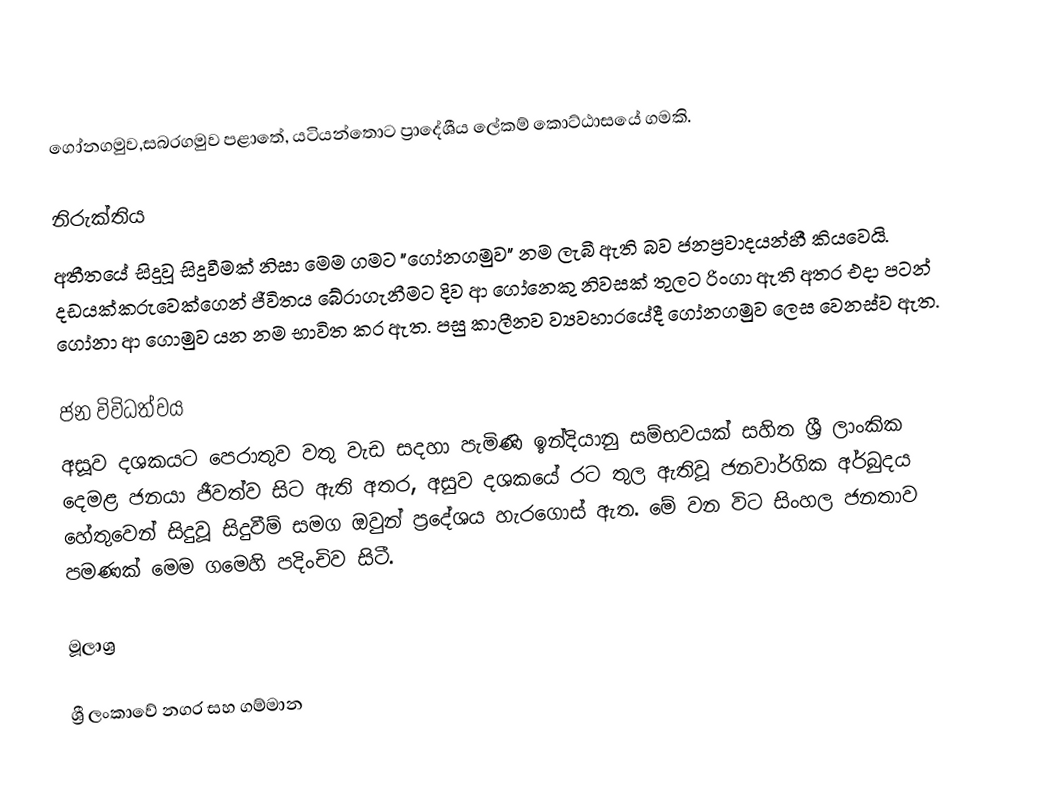
ගෝනගමුව,සබරගමුව පළාතේ, යටියන්තොට ප්‍රාදේශීය ලේකම් කොට්ඨාසයේ ගමකි.

නිරුක්තිය
අතීතයේ සිදුවූ සිදුවීමක් නිසා මෙම ගමට "ගෝනගමුව" නම ලැබී ඇති බව ජනප්‍රවාදයන්හී කියවෙයි. දඩයක්කරුවෙක්ගෙන් ජීවිතය බේරාගැනීමට දිව ආ ගෝනෙකු නිවසක් තුලට රිංගා ඇති අතර එදා පටන් ගෝනා ආ ගොමුව යන නම භාවිත කර ඇත. පසු කාලීනව ව්‍යවහාරයේදී ගෝනගමුව ලෙස වෙනස්ව ඇත.

ජන විවිධත්වය
අසූව දශකයට පෙරාතුව වතු වැඩ සදහා පැමිණි ඉන්දියානු සම්භවයක් සහිත ශ්‍රී ලාංකික දෙමළ ජනයා ජීවත්ව සිට ඇති අතර, අසුව දශකයේ රට තුල ඇතිවූ ජනවාර්ගික අර්බුදය හේතුවෙන් සිදුවූ සිදුවීම් සමග ඔවුන් ප්‍රදේශය හැරගොස් ඇත. මේ වන විට සිංහල ජනතාව පමණක් මෙම ගමෙහි පදිංචිව සිටී.

මූලාශ්‍ර

ශ්‍රී ලංකාවේ නගර සහ ගම්මාන